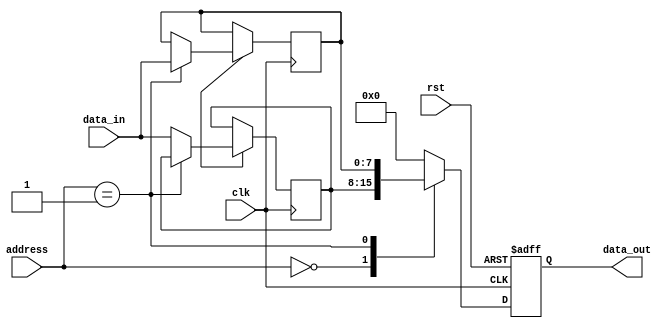
module DRAM (
  input wire clk,
  input wire rst,
  input wire [15:0] address,
  input wire [7:0] data_in,
  output reg [7:0] data_out
);

reg [7:0] memory [0:65535];

always @(posedge clk or posedge rst) begin
  if (rst) begin
    data_out <= 8'b0;
  end else begin
    case(address)
      16'h0000: data_out <= memory[0];
      16'h0001: data_out <= memory[1];
      // add more cases for addressing individual memory blocks
      default: data_out <= 8'b0;
    endcase
  end
end

always @(posedge clk) begin
  if (write_enable) begin
    case(address)
      16'h0000: memory[0] <= data_in;
      16'h0001: memory[1] <= data_in;
      // add more cases for addressing individual memory blocks
      default: memory[0] <= data_in;
    endcase
  end
end

endmodule